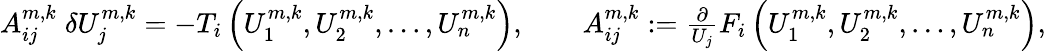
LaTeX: \begin{array}{r}{A_{ij}^{m,k}\; \delta U_{j}^{m,k}=-T_{i}\left(U_{1}^{m,k},U_{2}^{m,k},\dots,U_{n}^{m,k}\right),\quad\quad A_{ij}^{m,k}:=\frac{\partial}{U_{j}}F_{i}\left(U_{1}^{m,k},U_{2}^{m,k},\dots,U_{n}^{m,k}\right),}\end{array}